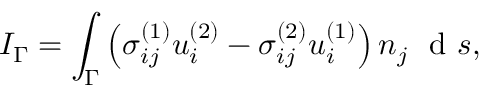
I _ { \Gamma } = \int _ { \Gamma } \left( \sigma _ { i j } ^ { ( 1 ) } u _ { i } ^ { ( 2 ) } - \sigma _ { i j } ^ { ( 2 ) } u _ { i } ^ { ( 1 ) } \right) n _ { j } \ \mathrm { ~ d ~ } s ,